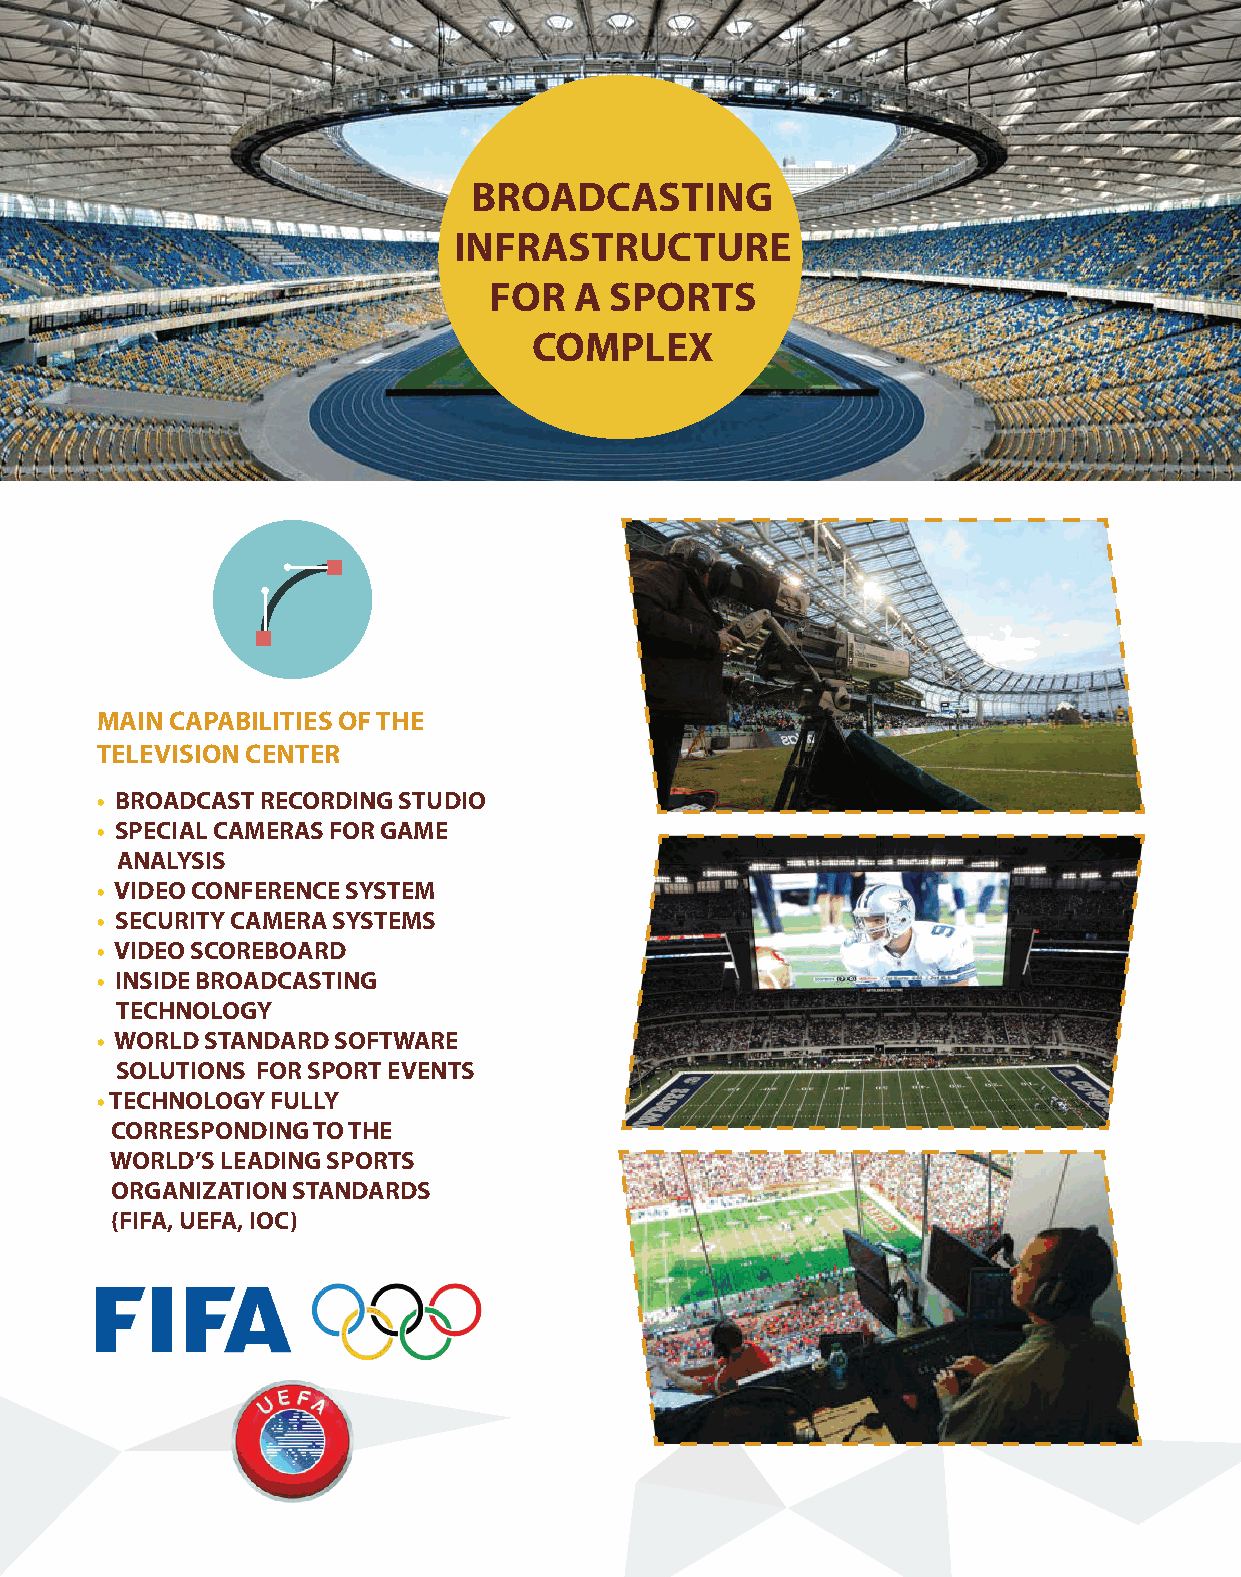
BROADCASTING
 INFRASTRUCTURE
 FOR   A SPORTS
 COMPLEX
 MAIN CAPABILITIES OF THE
 TELEVISION CENTER
 • BROADCAST RECORDING STUDIO
 • SPECIAL CAMERAS FOR GAME
 ANALYSIS
 • VIDEO CONFERENCE SYSTEM
 • SECURITY CAMERA SYSTEMS
 • VIDEO SCOREBOARD
 • INSIDE BROADCASTING
 TECHNOLOGY
 • WORLD STANDARD SOFTWARE
 SOLUTIONS FOR SPORT EVENTS
 • TECHNOLOGY FULLY
 CORRESPONDING TO THE
 WORLD’S LEADING SPORTS
 ORGANIZATION STANDARDS
 (FIFA, UEFA, IOC)